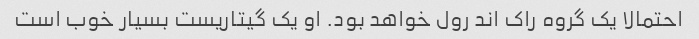
احتمالا یک گروه راک اند رول خواهد بود. او یک گیتاریست بسیار خوب است